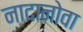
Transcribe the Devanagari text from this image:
नादानोवा